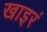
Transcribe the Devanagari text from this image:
खाइरं